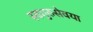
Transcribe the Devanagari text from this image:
स्वगुरुसेवया